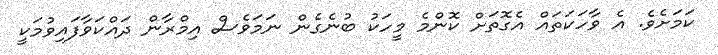
ކަމަށެވެ. އެ ވާހަކަތައް އެގޮތަށް ކޮންމެ މީހަކު ބުނެގެން ނަމަވެސް އިމްރާން ދައްކަވާފައިވުމަކީ